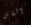
الناس